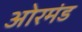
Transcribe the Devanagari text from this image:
ओरमंड